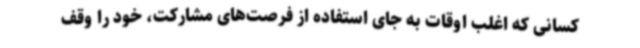
کسانی که اغلب اوقات به جای استفاده از فرصت‌های مشارکت، خود را وقف